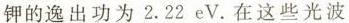
钾的逸出功为 2.22 e V.在这些光波